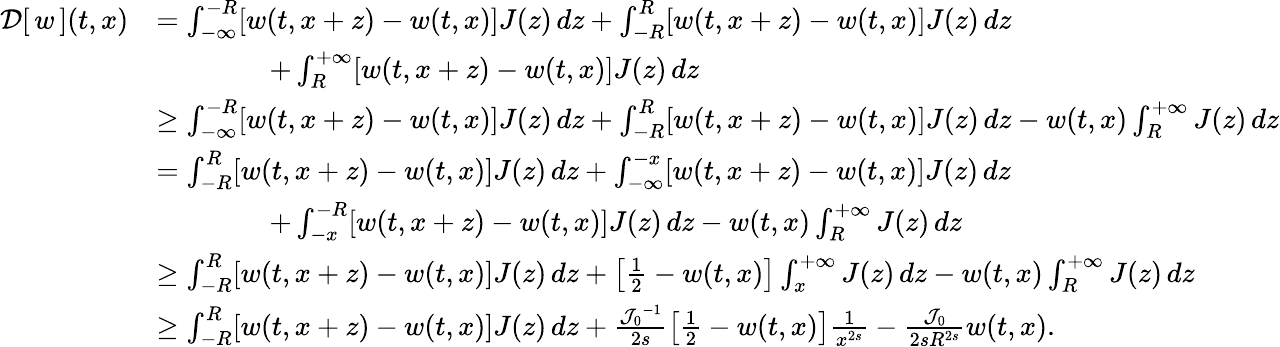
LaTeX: \begin{array}{rl}{{\mathcal{D}}[\, {w}\, ](t,x)}&{=\int_{-\infty}^{-R}[w(t,x+z)-w(t,x)]J(z)\, dz+\int_{-R}^{R}[w(t,x+z)-w(t,x)]J(z)\, dz}\\ &{\qquad\qquad+\int_{R}^{+\infty}[w(t,x+z)-w(t,x)]J(z)\, dz}\\ &{\ge\int_{-\infty}^{-R}[w(t,x+z)-w(t,x)]J(z)\, dz+\int_{-R}^{R}[w(t,x+z)-w(t,x)]J(z)\, dz-w(t,x)\int_{R}^{+\infty}J(z)\, dz}\\ &{=\int_{-R}^{R}[w(t,x+z)-w(t,x)]J(z)\, dz+\int_{-\infty}^{-x}[w(t,x+z)-w(t,x)]J(z)\, dz}\\ &{\qquad\qquad+\int_{-x}^{-R}[w(t,x+z)-w(t,x)]J(z)\, dz-w(t,x)\int_{R}^{+\infty}J(z)\, dz}\\ &{\ge\int_{-R}^{R}[w(t,x+z)-w(t,x)]J(z)\, dz+\left[\frac{1}{2}-w(t,x)\right]\int_{x}^{+\infty}J(z)\, dz-w(t,x)\int_{R}^{+\infty}J(z)\, dz}\\ &{\ge\int_{-R}^{R}[w(t,x+z)-w(t,x)]J(z)\, dz+\frac{{{\mathcal{J}}_{0}}^{-1}}{2s}\left[\frac{1}{2}-w(t,x)\right]\frac{1}{x^{2s}}-\frac{{\mathcal{J}}_{0}}{2sR^{2s}}w(t,x).}\end{array}